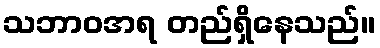
သဘာဝအရ တည်ရှိနေသည်။